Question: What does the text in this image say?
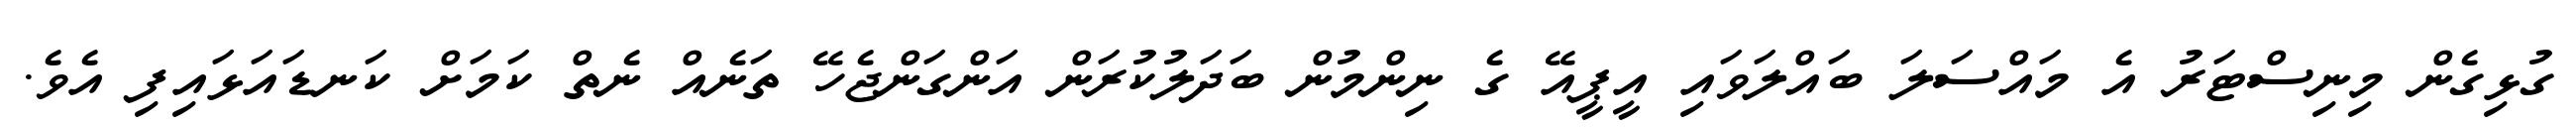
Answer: ގުޅިގެން މިނިސްޓަރު އެ މައްސަލަ ބައްލަވައި އީޕީއޭ ގެ ނިންމުން ބަދަލުކުރަން އަންގަންޖެހޭ ތަނެއް ނެތް ކަމަށް ކަނޑައަޅައިފި އެވެ.